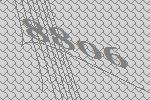
8806